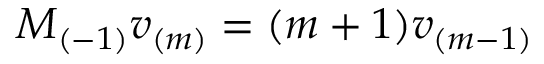
M _ { ( - 1 ) } v _ { ( m ) } = ( m + 1 ) v _ { ( m - 1 ) }